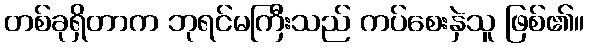
တစ်ခုရှိတာက ဘုရင်မကြီးသည် ကပ်စေးနှဲသူ ဖြစ်၏။